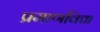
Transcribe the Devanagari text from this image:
प्रमाणविद्या